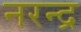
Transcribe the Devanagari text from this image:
नरन्द्र